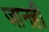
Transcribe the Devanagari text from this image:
जानहीं